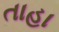
તાહા